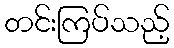
တင်းကြပ်သည့်